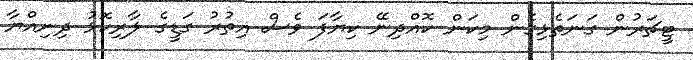
ޓީޗަރުން ގަނަތެޅިގެން މިކަން ކޮއްދިނޭ ކިޔާފަ ވެސް އިތުރު ގަޑީގެ ލާރިކޮޅު ދިނިއްޔާ